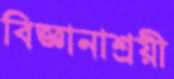
বিজ্ঞানাশ্রয়ী